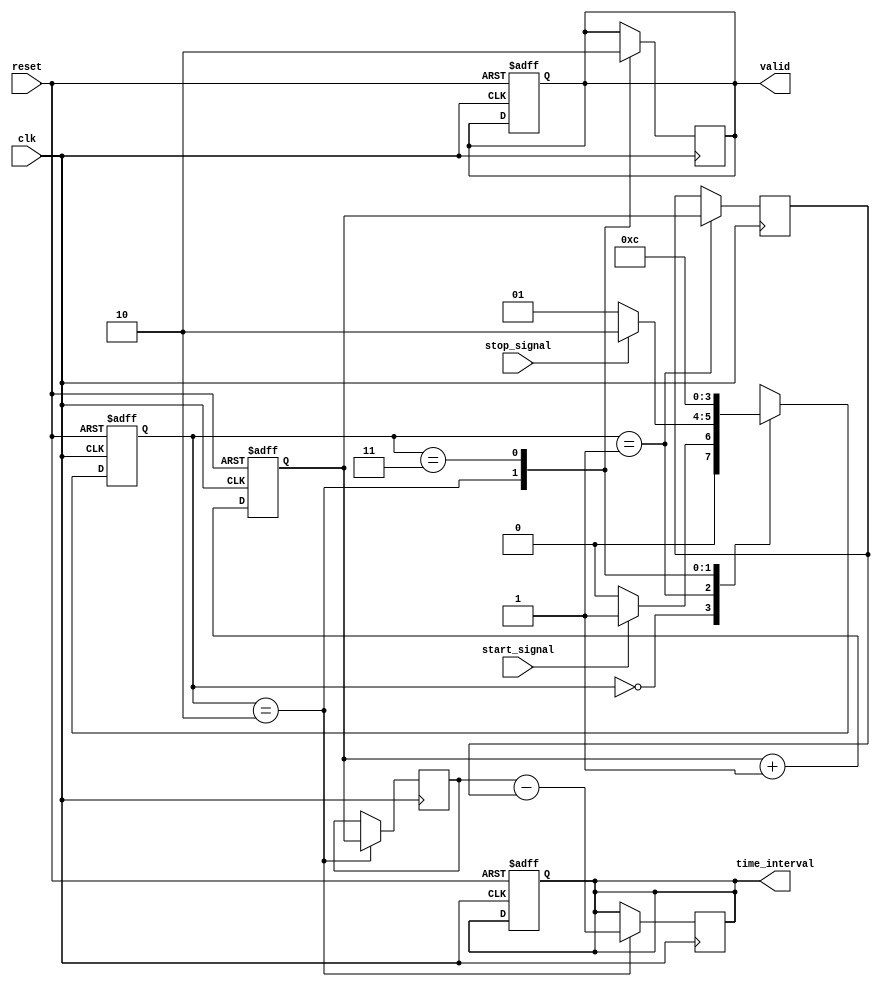
module TDC (
    input wire clk,               // High-frequency clock input
    input wire reset,             // Reset signal
    input wire start_signal,      // Start pulse input
    input wire stop_signal,       // Stop pulse input
    output reg [31:0] time_interval, // Output time interval
    output reg valid              // Output valid signal
);

    // Memory to store timestamps (2 entries for start and stop)
    reg [31:0] timestamp [0:1];  // 32-bit timestamps
    reg [1:0] state;             // State variable
    reg [1:0] next_state;        // Next state variable

    // State encoding
    localparam IDLE      = 2'b00;
    localparam CAPTURING = 2'b01;
    localparam CALCULATING = 2'b10;
    localparam OUTPUTTING = 2'b11;

    // Clock cycle counter
    reg [31:0] clock_counter;

    // Event detection logic
    always @(posedge clk or posedge reset) begin
        if (reset) begin
            clock_counter <= 32'b0;
        end else begin
            clock_counter <= clock_counter + 1;
        end
    end

    // State machine for TDC operation
    always @(posedge clk or posedge reset) begin
        if (reset) begin
            state <= IDLE;
            valid <= 1'b0;
            time_interval <= 32'b0;
        end else begin
            state <= next_state;
        end
    end

    // Next state logic
    always @(*) begin
        case (state)
            IDLE: begin
                if (start_signal) begin
                    next_state = CAPTURING;
                end else begin
                    next_state = IDLE;
                end
            end
            CAPTURING: begin
                if (stop_signal) begin
                    next_state = CALCULATING;
                end else begin
                    next_state = CAPTURING;
                end
            end
            CALCULATING: begin
                next_state = OUTPUTTING;
            end
            OUTPUTTING: begin
                next_state = IDLE;
            end
            default: next_state = IDLE;
        endcase
    end

    // Timestamp recording and interval calculation
    always @(posedge clk) begin
        case (state)
            CAPTURING: begin
                // Capture the timestamp when start signal is detected
                timestamp[0] <= clock_counter;
            end
            CALCULATING: begin
                // Capture the timestamp when stop signal is detected
                timestamp[1] <= clock_counter;
                // Calculate the time interval
                time_interval <= timestamp[1] - timestamp[0];
                valid <= 1'b1; // Indicate valid output
            end
            OUTPUTTING: begin
                // Reset valid signal after reading
                valid <= 1'b0;
            end
            default: begin
                // Default state
            end
        endcase
    end

endmodule